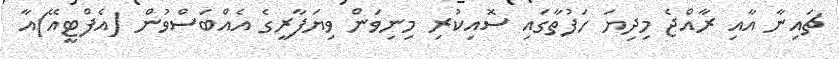
ޗައިނާ އާއި ރާއްޖެ މިދިޔަ ހަފުތާގައި ސޮއިކުރި މިނިވަން ވިޔަފާރީގެ އެއްބަސްވުން (އެފްޓީއޭ)އާ